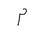
Letter: _mim